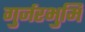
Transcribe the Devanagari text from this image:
गुर्जरभुमि